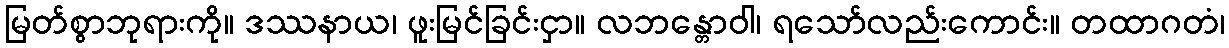
မြတ်စွာဘုရားကို။ ဒဿနာယ၊ ဖူးမြင်ခြင်းငှာ။ လဘန္တောဝါ၊ ရသော်လည်းကောင်း။ တထာဂတံ၊